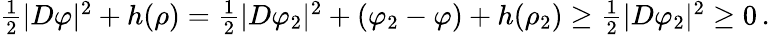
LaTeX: \begin{array}{r}{\frac 12|D\varphi|^{2}+h(\rho)=\frac 12|D\varphi_{2}|^{2}+(\varphi_{2}-\varphi)+h(\rho_{2})\geq\frac 12|D\varphi_{2}|^{2}\geq 0\, .}\end{array}